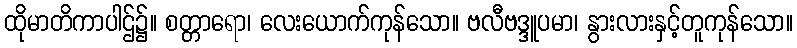
ထိုမာတိကာပါဌ်၌။ စတ္တာရော၊ လေးယောက်ကုန်သော။ ဗလီဗဒ္ဒူပမာ၊ နွားလားနှင့်တူကုန်သော။